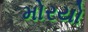
મોરયો